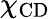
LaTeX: \chi_{\mathrm{CD}}